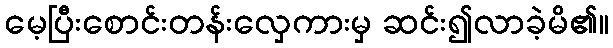
မေ့ပြီးစောင်းတန်းလှေကားမှ ဆင်း၍လာခဲ့မိ၏။